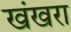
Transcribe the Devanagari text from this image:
खंखरा